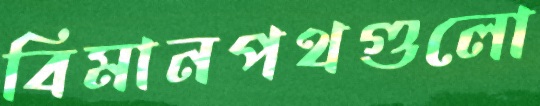
বিমানপথগুলো